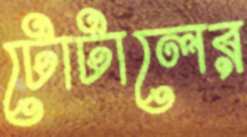
টোটালের